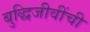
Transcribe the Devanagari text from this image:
बुद्धिजीवींची